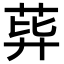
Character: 𦰙